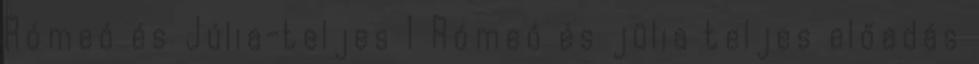
Rómeó és Júlia-teljes 1 Rómeó és jülia teljes előadás